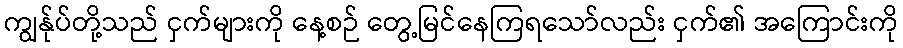
ကျွန်ုပ်တို့သည် ငှက်များကို နေ့စဉ် တွေ့မြင်နေကြရသော်လည်း ငှက်၏ အကြောင်းကို